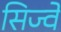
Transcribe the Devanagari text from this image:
सिज्वे